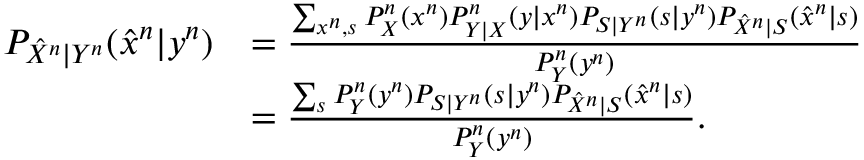
\begin{array} { r l } { P _ { \hat { X } ^ { n } | Y ^ { n } } ( \hat { x } ^ { n } | y ^ { n } ) } & { = \frac { \sum _ { x ^ { n } , s } P _ { X } ^ { n } ( x ^ { n } ) P _ { Y | X } ^ { n } ( y | x ^ { n } ) P _ { S | Y ^ { n } } ( s | y ^ { n } ) P _ { \hat { X } ^ { n } | S } ( \hat { x } ^ { n } | s ) } { P _ { Y } ^ { n } ( y ^ { n } ) } } \\ & { = \frac { \sum _ { s } P _ { Y } ^ { n } ( y ^ { n } ) P _ { S | Y ^ { n } } ( s | y ^ { n } ) P _ { \hat { X } ^ { n } | S } ( \hat { x } ^ { n } | s ) } { P _ { Y } ^ { n } ( y ^ { n } ) } . } \end{array}